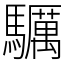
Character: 𩧃